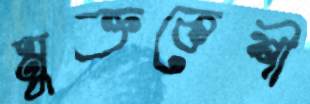
মুক্তকেশী